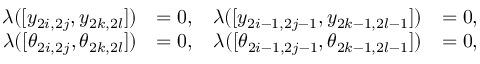
\begin{array} { r l r l } { \lambda ( [ y _ { 2 i , 2 j } , y _ { 2 k , 2 l } ] ) } & { = 0 , } & { \lambda ( [ y _ { 2 i - 1 , 2 j - 1 } , y _ { 2 k - 1 , 2 l - 1 } ] ) } & { = 0 , } \\ { \lambda ( [ \theta _ { 2 i , 2 j } , \theta _ { 2 k , 2 l } ] ) } & { = 0 , } & { \lambda ( [ \theta _ { 2 i - 1 , 2 j - 1 } , \theta _ { 2 k - 1 , 2 l - 1 } ] ) } & { = 0 , } \end{array}